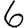
Digit: 6